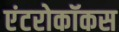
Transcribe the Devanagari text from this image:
एंटरोकॉकस